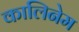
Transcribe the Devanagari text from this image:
कालिनेम